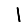
Digit: 1